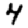
Digit: 4